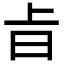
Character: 㫖